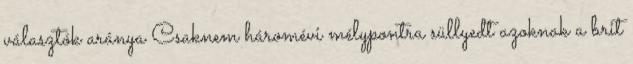
választók aránya Csaknem háromévi mélypontra süllyedt azoknak a brit